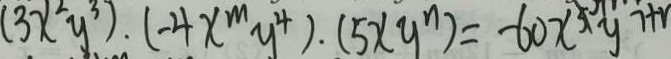
( 3 x ^ { 2 } y ^ { 3 } ) \cdot ( - 4 x ^ { m } y ^ { 4 } ) \cdot ( 5 x y ^ { n } ) = - 6 0 x ^ { 5 } y ^ { 7 + 1 }